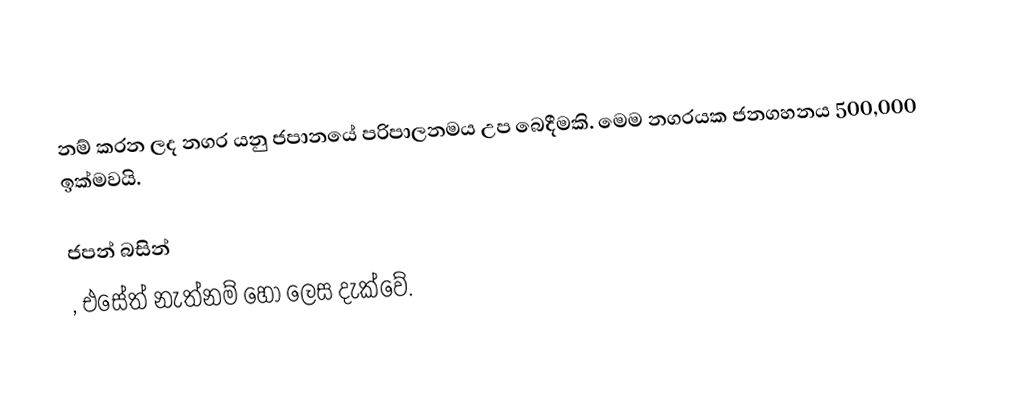
නම් කරන ලද නගර යනු ජපානයේ පරිපාලනමය උප බෙදීමකි. මෙම නගරයක  ජනගහනය 500,000 ඉක්මවයි.

ජපන් බසින්
, එසේත් නැත්නම්  හෝ  ලෙස දැක්වේ.